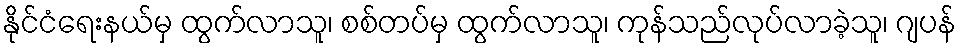
နိုင်ငံရေးနယ်မှ ထွက်လာသူ၊ စစ်တပ်မှ ထွက်လာသူ၊ ကုန်သည်လုပ်လာခဲ့သူ၊ ဂျပန်